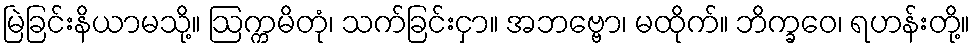
မြဲခြင်းနိယာမသို့။ ဩက္ကမိတုံ၊ သက်ခြင်းငှာ။ အဘဗ္ဗော၊ မထိုက်။ ဘိက္ခဝေ၊ ရဟန်းတို့။